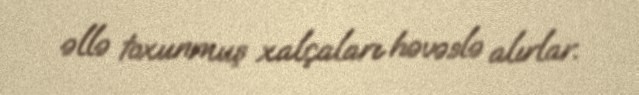
əllə toxunmuş xalçaları həvəslə alırlar.